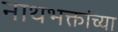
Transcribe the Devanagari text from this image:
नाथभक्तांच्या